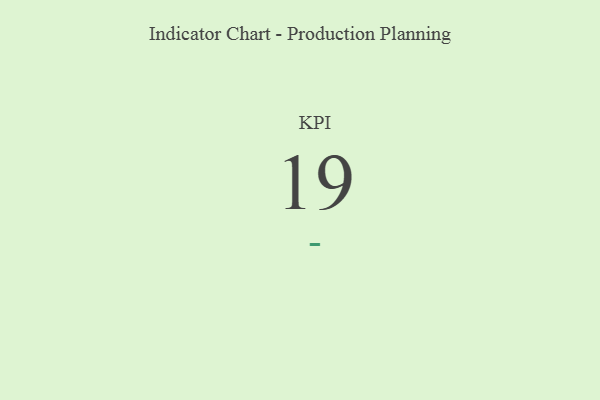
{"axis": {"x": "KPI", "y": "Value"}, "legend": [""], "data": [{"x": "KPI", "y": 19, "type": ""}]}